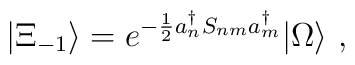
| \Xi_{-1} \rangle=e^{-\frac{1}{2}a^{\dagger}_nS_{nm}a^{\dagger}_m}| \Omega \rangle\,\, ,